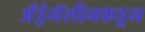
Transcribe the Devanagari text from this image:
अँड्रेनॅलीनकडून